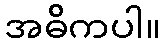
အဓိကပါ။